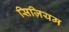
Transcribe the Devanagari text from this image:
सिज़ियम